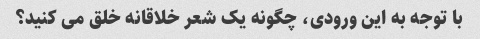
با توجه به این ورودی، چگونه یک شعر خلاقانه خلق می کنید؟